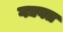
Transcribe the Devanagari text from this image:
गद्यवत